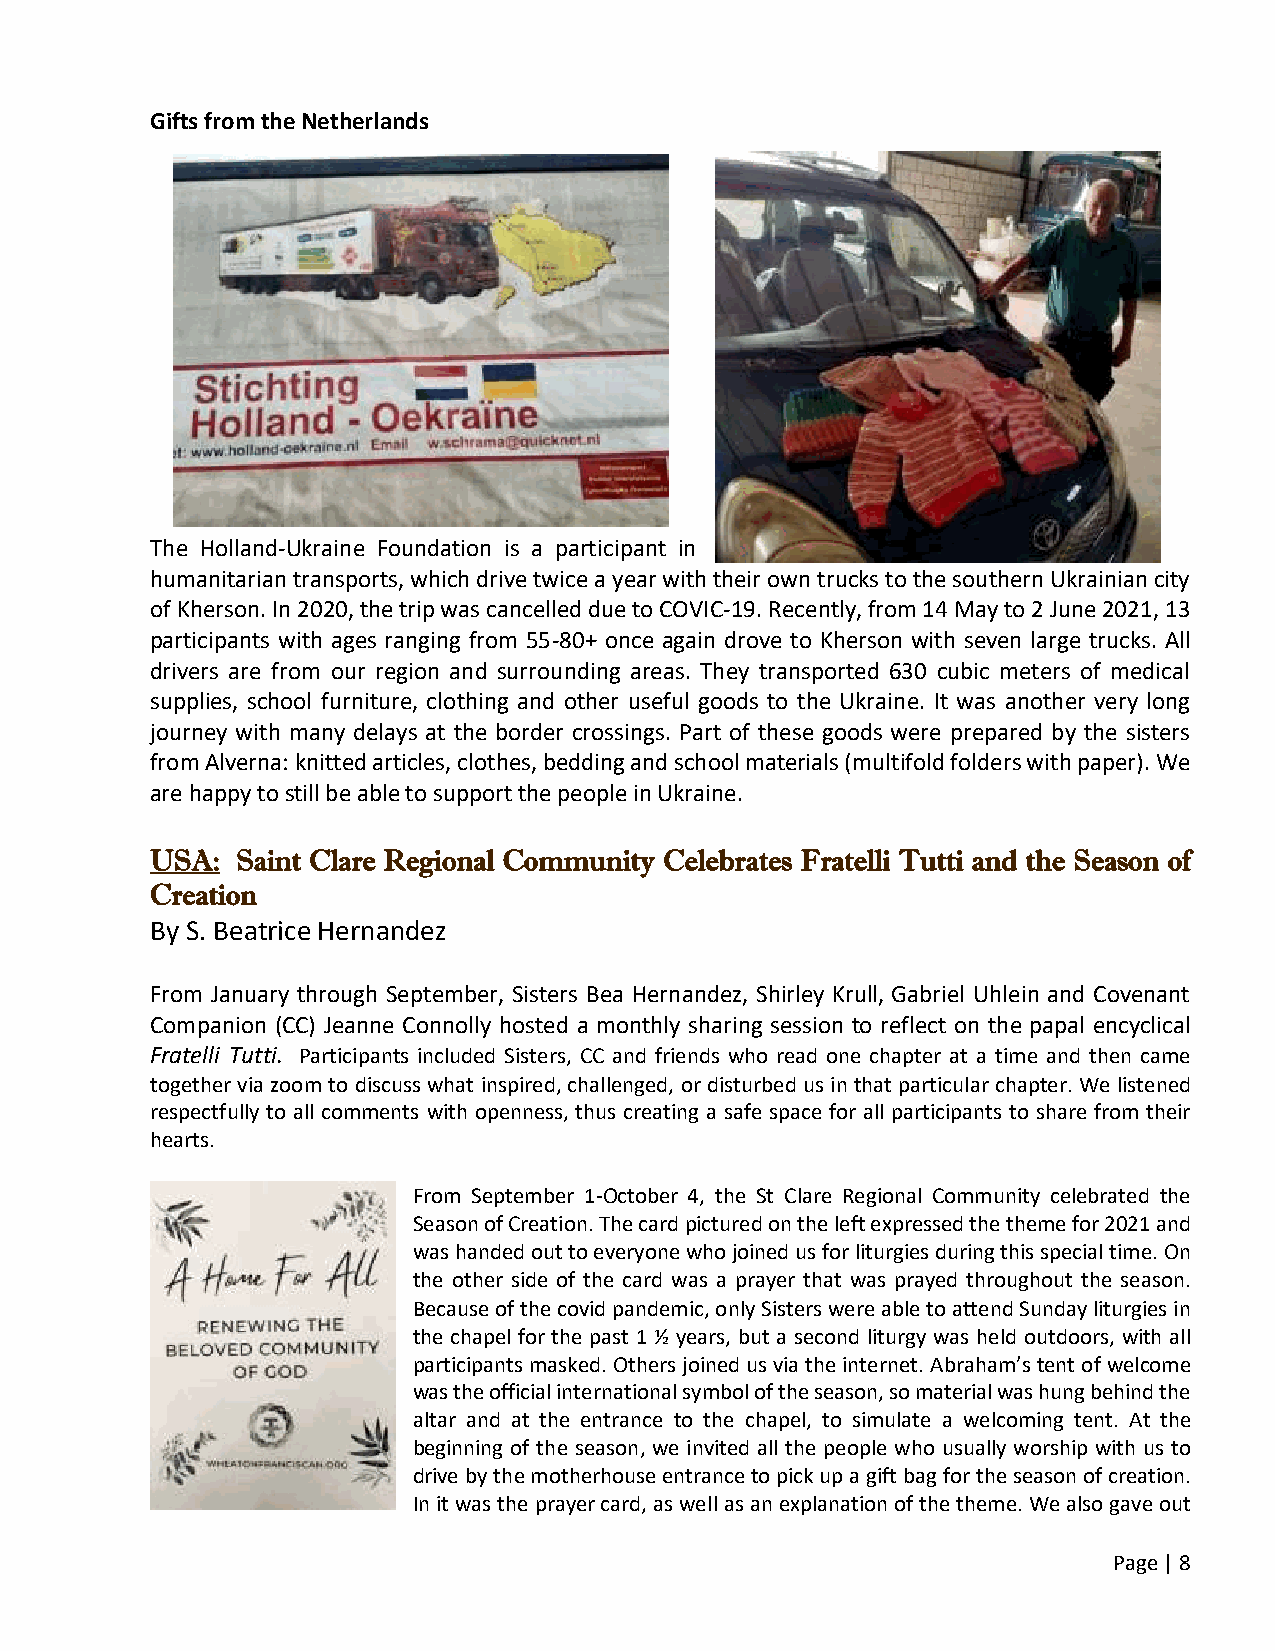
Gifts from the Netherlands
 The Holland-Ukraine Foundation is a participant in
 humanitarian transports, which drive twice a year with their own trucks to the southern Ukrainian city
 of Kherson. In 2020, the trip was cancelled due to COVIC-19. Recently, from 14 May to 2 June 2021, 13
 participants with ages ranging from 55-80+ once again drove to Kherson with seven large trucks. All
 drivers are from our region and surrounding areas. They transported 630 cubic meters of medical
 supplies, school furniture, clothing and other useful goods to the Ukraine. It was another very long
 journey with many delays at the border crossings. Part of these goods were prepared by the sisters
 from Alverna: knitted articles, clothes, bedding and school materials (multifold folders with paper). We
 are happy to still be able to support the people in Ukraine.
 USA:  Saint Clare Regional Community Celebrates Fratelli Tutti and the Season of
 Creation
 By S. Beatrice Hernandez
 From January through September, Sisters Bea Hernandez, Shirley Krull, Gabriel Uhlein and Covenant
 Companion (CC) Jeanne Connolly hosted a monthly sharing session to reflect on the papal encyclical
 Fratelli Tutti. Participants included Sisters, CC and friends who read one chapter at a time and then came
 together via zoom to discuss what inspired, challenged, or disturbed us in that particular chapter. We listened
 respectfully to all comments with openness, thus creating a safe space for all participants to share from their
 hearts.
 From September 1-October 4, the St Clare Regional Community celebrated the
 Season of Creation. The card pictured on the left expressed the theme for 2021 and
 was handed out to everyone who joined us for liturgies during this special time. On
 the other side of the card was a prayer that was prayed throughout the season.
 Because of the covid pandemic, only Sisters were able to attend Sunday liturgies in
 the chapel for the past 1 ½ years, but a second liturgy was held outdoors, with all
 participants masked. Others joined us via the internet. Abraham’s tent of welcome
 was the official international symbol of the season, so material was hung behind the
 altar and at the entrance to the chapel, to simulate a welcoming tent. At the
 beginning of the season, we invited all the people who usually worship with us to
 drive by the motherhouse entrance to pick up a gift bag for the season of creation.
 In it was the prayer card, as well as an explanation of the theme. We also gave out
 Page | 8